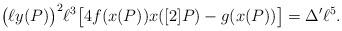
LaTeX: \begin{align*}\bigl ( \ell y(P) \bigr )^2 \ell^3 \bigl [ 4 f(x(P)) x([2]P) - g(x(P)) \bigr ] = \Delta^\prime \ell^5.\end{align*}